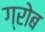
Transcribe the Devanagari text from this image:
ग्रोब